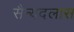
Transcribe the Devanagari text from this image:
सैन्यदलास